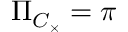
\Pi _ { C _ { \times } } = \pi